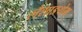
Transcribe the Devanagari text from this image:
लैशाङथेम